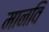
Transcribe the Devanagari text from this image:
मानवि